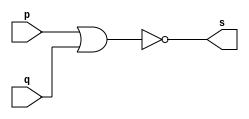
// ------------------------- 
// Exemplo0007 - NOR 
// Nome: Eduardo de Figueiredo Junior
// ------------------------- 
// ------------------------- 
// -- nor gate 
// ------------------------- 
module norgate ( output s,input p, q); 
assign s =~(p | q); 
endmodule // norgate 
// --------------------- 
// -- test nor gate 
// --------------------- 
module testnorgate; 
// ------------------------- dados locais 
reg a, b; // definir registradores 
wire s; // definir conexao (fio) 
// ------------------------- instancia 
norgate NOR1 (s, a, b); 
// ------------------------- preparacao 
initial begin:start 
// atribuicao simultanea 
// dos valores iniciais 
a=0; b=0; 
end 
// ------------------------- parte principal 
initial begin 
$display("Exemplo0007 - Eduardo de Figueiredo Junior - 451550"); 
$display("Test NOR gate"); 
$display("\na ~| b = s\n"); 
#1 a=0; b=0; 
$monitor("%b ~| %b = %b", a, b, s); 
#1 a=0; b=1; 
#1 a=1; b=0; 
#1 a=1; b=1; 
 
end 
endmodule // testnorgate